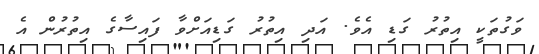
ވަގުތަކީ އިތުރު ގަޑި އެވެ. އަދި އިތުރު ގަޑިއަށްވާ ފައިސާގެ އިތުރުން އެ